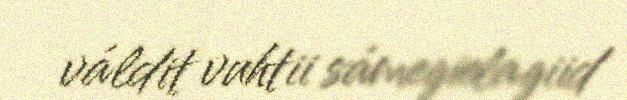
váldit vuhtii sámegielagiid